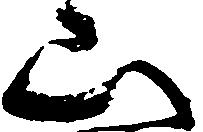
山